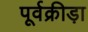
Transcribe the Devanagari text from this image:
पूर्वक्रीड़ा